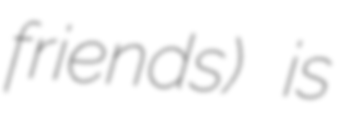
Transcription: friends) is